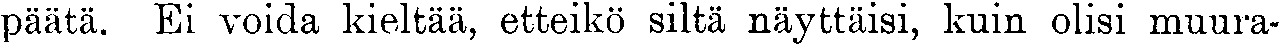
päätä. Ei voida kieltää, etteikö siltä näyttäisi, kuin olisi muura-